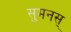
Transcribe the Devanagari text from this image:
सुमनस्‌